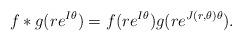
LaTeX: \begin{align*}f*g(re^{I\theta})=f(re^{I\theta})g(re^{J(r,\theta)\theta}).\end{align*}